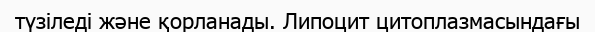
түзіледі және қорланады. Липоцит цитоплазмасындағы